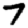
Digit: 7